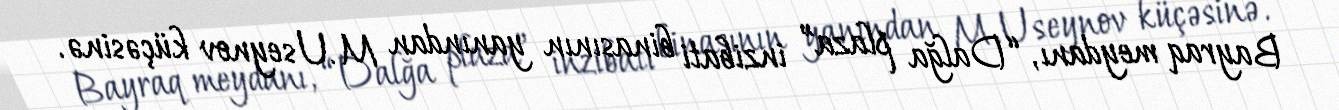
Bayraq meydanı, “Dalğa plaza” inzibati binasının yanından M.Useynov küçəsinə.